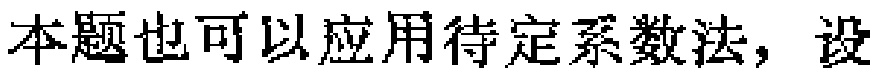
本题也可以应用待定系数法，设